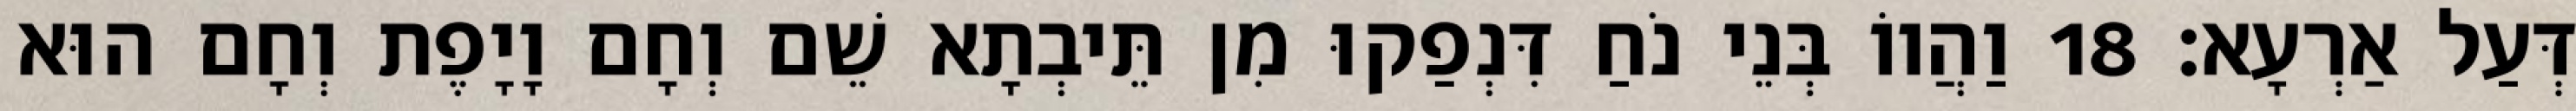
דְּעַל אַרְעָא׃ 18 וַהֲווֹ בְּנֵי נֹחַ דִּנְפַקוּ מִן תֵּיבְתָא שֵׁם וְחָם וָיָפֶת וְחָם הוּא